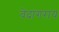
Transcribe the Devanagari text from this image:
वेदांगराय